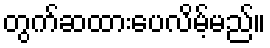
တွက်ဆထားပေလိမ့်မည်။